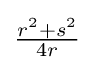
{\tfrac {r^{2}+s^{2}}{4r}}